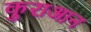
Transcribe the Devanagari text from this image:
कुराआन